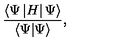
\frac { \langle \Psi \left| H \right| \Psi \rangle } { \langle \Psi | \Psi \rangle } ,